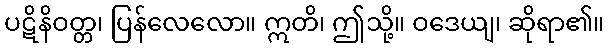
ပဋိနိဝတ္တ၊ ပြန်လေလော။ ဣတိ၊ ဤသို့။ ဝဒေယျ၊ ဆိုရာ၏။